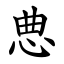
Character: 㤟